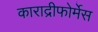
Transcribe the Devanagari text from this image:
काराद्रीफोर्मेस